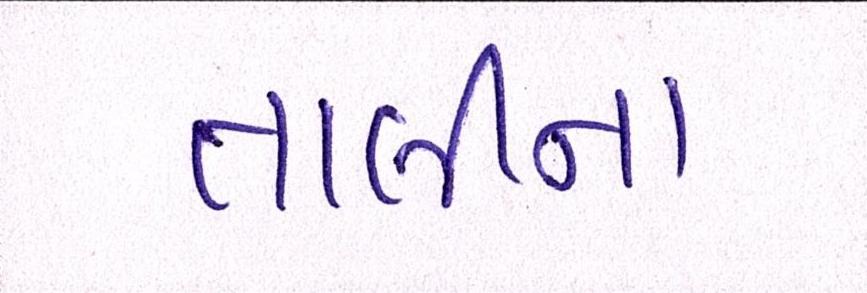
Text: તાલીના